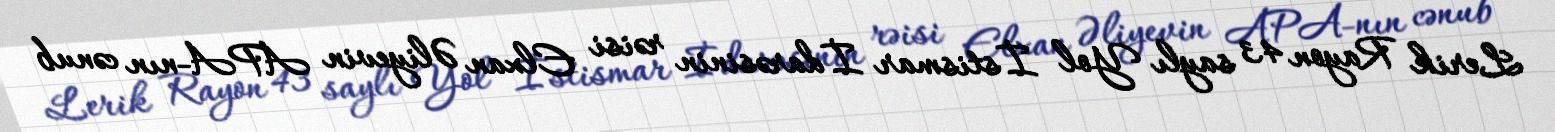
Lerik Rayon 43 saylı Yol İstismar İdarəsinin rəisi Elxan Əliyevin APA-nın cənub